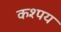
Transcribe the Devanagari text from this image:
कश्पय